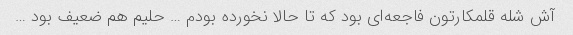
آش شله قلمکارتون فاجعه‌ای بود که تا حالا نخورده بودم … حلیم هم ضعیف بود …